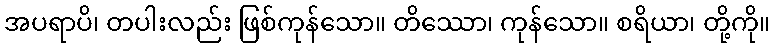
အပရာပိ၊ တပါးလည်း ဖြစ်ကုန်သော။ တိဿော၊ ကုန်သော။ စရိယာ၊ တို့ကို။